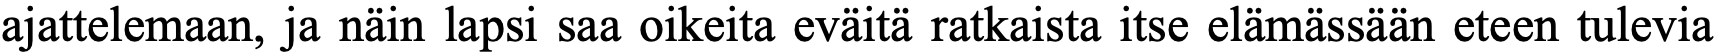
ajattelemaan, ja näin lapsi saa oikeita eväitä ratkaista itse elämässään eteen tulevia